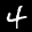
Label: 4